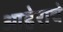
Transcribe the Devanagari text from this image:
आहेराचे